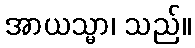
အာယသ္မာ၊ သည်။